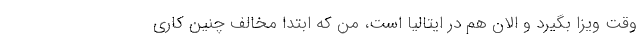
وقت ویزا بگیرد و الان هم در ایتالیا است، من که ابتدا مخالف چنین کاری